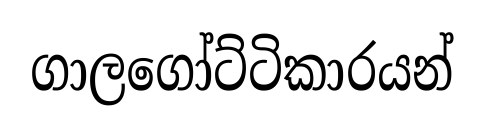
ගාලගෝට්ටිකාරයන්